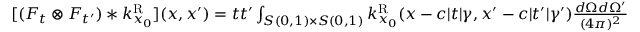
\begin{array} { r } { [ ( F _ { t } \otimes F _ { t ^ { \prime } } ) * k _ { x _ { 0 } } ^ { \mathrm { R } } ] ( x , x ^ { \prime } ) = t t ^ { \prime } \int _ { S ( 0 , 1 ) \times S ( 0 , 1 ) } k _ { x _ { 0 } } ^ { \mathrm { R } } ( x - c | t | \gamma , x ^ { \prime } - c | t ^ { \prime } | \gamma ^ { \prime } ) \frac { d \Omega d \Omega ^ { \prime } } { ( 4 \pi ) ^ { 2 } } } \end{array}